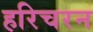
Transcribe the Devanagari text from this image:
हरिचरन